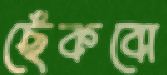
ছেঁকবো